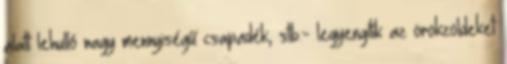
alatt lehulló nagy mennyiségű csapadék, stb.- legyengítik az örökzöldeket